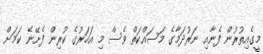
މީގެއިތުރުން ފެނާއި ނަރުދަމާގެ މަސައްކަތް ވެސް މި އަހަރުގެ ކުރިން ފެށޭނެ ކަމަށް